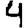
Digit: 4